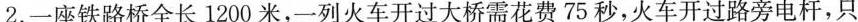
2.一座铁路桥全长1200米，一列火车开过大桥需花费75秒，火车开过路旁电杆，只